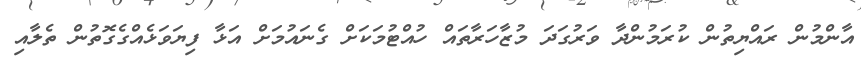
އާންމުން ރައްޔިތުން ކުރަމުންދާ ވަރުގަދަ މުޒާހަރާތައް ހުއްޓުމަކަށް ގެނައުމަށް އަޅާ ފިޔަވަޅެއްގެގޮތުން ތެލާއި